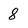
Character: 8